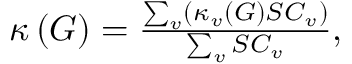
\begin{array} { r } { \kappa \left( G \right) = \frac { \sum _ { v } \left( \kappa _ { v } \left( G \right) S C _ { v } \right) } { \sum _ { v } S C _ { v } } , } \end{array}